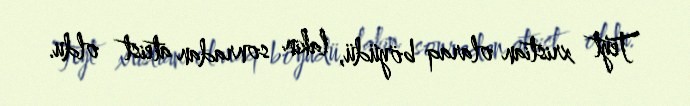
Teyt xristian olaraq böyüdü, lakin sonradan ateist oldu.